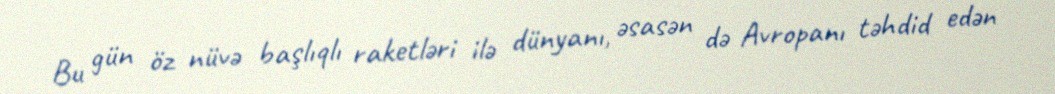
Bu gün öz nüvə başlıqlı raketləri ilə dünyanı, əsasən də Avropanı təhdid edən